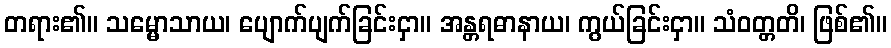
တရား၏။ သမ္မောသာယ၊ ပျောက်ပျက်ခြင်းငှာ။ အန္တရဓာနာယ၊ ကွယ်ခြင်းငှာ။ သံဝတ္တတိ၊ ဖြစ်၏။